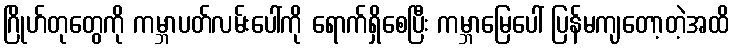
ဂြိုဟ်တုတွေကို ကမ္ဘာပတ်လမ်းပေါ်ကို ရောက်ရှိစေပြီး ကမ္ဘာမြေပေါ် ပြန်မကျတော့တဲ့အထိ